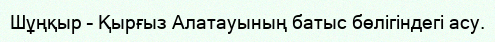
Шұңқыр – Қырғыз Алатауының батыс бөлігіндегі асу.